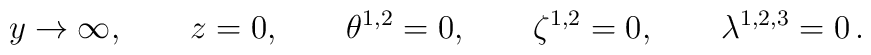
y \rightarrow \infty,\qquad z = 0, \qquad \theta^{1,2} = 0, \qquad \zeta^{1,2}= 0, \qquad \lambda^{1,2,3} = 0\,.